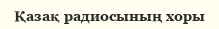
Қазақ радиосының хоры